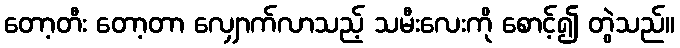
တော့တီး တော့တာ လျှောက်လာသည့် သမီးလေးကို စောင့်၍ တွဲသည်။